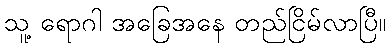
သူ့ ရောဂါ အခြေအနေ တည်ငြိမ်လာပြီ။